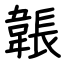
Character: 韔